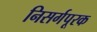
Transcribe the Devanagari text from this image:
निसर्गपूरक